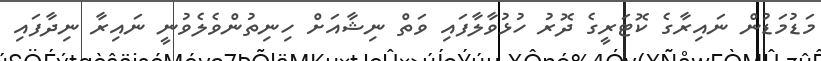
މަޑުމަޑުން ނައިރާގެ ކޮޓަރީގެ ދޮރު ހުޅުވާލާފައި ވަތް ނިޝާއަށް ހިނިތުންވެލެވުނީ ނައިރާ ނިދާފައި